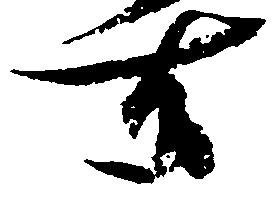
有